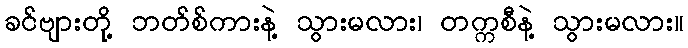
ခင်ဗျားတို့ ဘတ်စ်ကားနဲ့ သွားမလား၊ တက္ကစီနဲ့ သွားမလား။